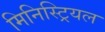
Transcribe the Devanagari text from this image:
मिनिस्ट्रियल